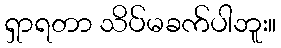
ရှာရတာ သိပ်မခက်ပါဘူး။